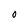
Character: 0